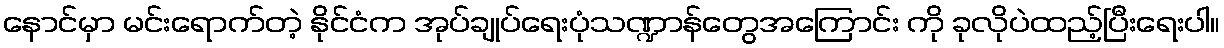
နောင်မှာ မင်းရောက်တဲ့ နိုင်ငံက အုပ်ချုပ်ရေးပုံသဏ္ဍာန်တွေအကြောင်း ကို ခုလိုပဲထည့်ပြီးရေးပါ။